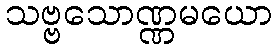
သဗ္ဗသောဏ္ဏမယော